Reports on dispensaries and lunatic asylums in the Province of Oudh - 1869-1876
Year: 1869
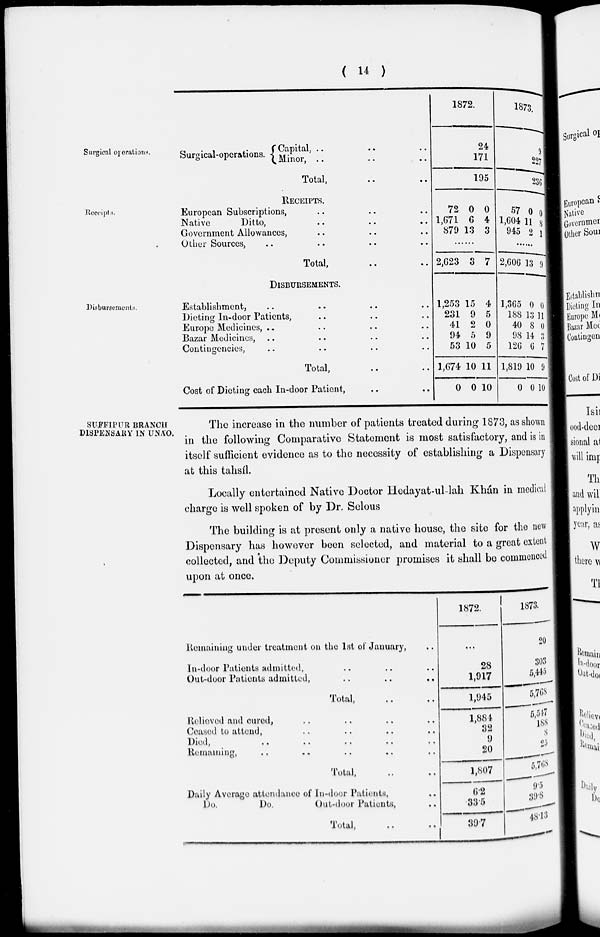
( 14 )
Surgical oprations.
Surgical-operations.
Capital. .. ..
Minor, .. .. ..
Total,
1872.
24
171
195
1873.
9
227
236
Receipts.
RECEIPTS.
European Subscriptions, .. .. ..
Native
Ditto, .. .. ..
Government Allowances, .. .. ..
Other Sources, .. .. .. ..
Total, .. ..
72
1,671
879
0
6
13
0
4
3
......
2,623 3 7
57
1,604
945
0
11
2
0
8
1
......
2,606 13 9
Disbursements.
DISBURSEMENTS.
Establishment, .. .. .. ..
Dieting In-door Patients, .. .. ..
Europe Medicines, .. .. .. ..
Bazar Medicines, .. .. .. ..
Contingencies, .. .. .. ..
Total, .. ..
Cost of Dieting each In-door Patient, .. ..
1,253
231
41
94
53
1,674
0
15
9
2
5
10
10
0
4
5
0
9
5
11
10
1,365
188
40
98
126
1,819
0
0
13
8
14
6
10
0
0
11
0
3
7
9
10
SUFFIPUR BRANCH
DISPENSARY IN UNÁO.
The increase in the number of patients treated during 1873, as shown
in the following Comparative Statement is most satisfactory, and is in
itself sufficient evidence as to the necessity of establishing a Dispensary
at this tahsíl.
Locally entertained Native Doctor Hedayat-ul-lah Khán in medical
charge is well spoken of by Dr. Selous
The building is at present only a native house, the site for the new
Dispensary has however been selected, and material to a great extent
collected, and the Deputy Commissioner promises it shall be commenced
upon at once.
Remaining under treatment on the 1st of January, ..
In-door Patients admitted, .. .. ..
Out-door Patients admitted, .. .. ..
Total, .. ..
Relieved and cured, .. .. .. ..
Ceased to attend, .. .. .. ..
Died, .. .. .. .. ..
Remaining, .. .. .. .. ..
Total, .. ..
Daily Average attendance of In-door Patients, ..
Do.
Do.
Out-door Patients, ..
Total, .. ..
1872.
...
28
1,917
1,945
1,884
32
9
20
1,807
6.2
33.5
39.7
1873.
20
303
5,445
5,768
5,547
188
8
25
5,768
9.5
39.8
48.13